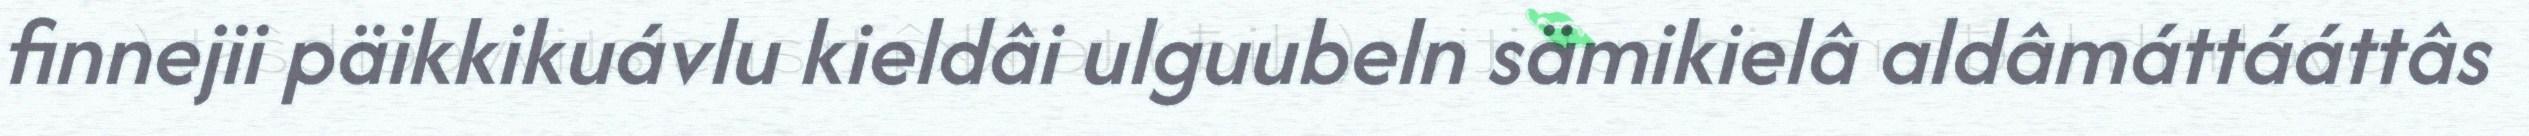
finnejii päikkikuávlu kieldâi ulguubeln sämikielâ aldâmáttááttâs